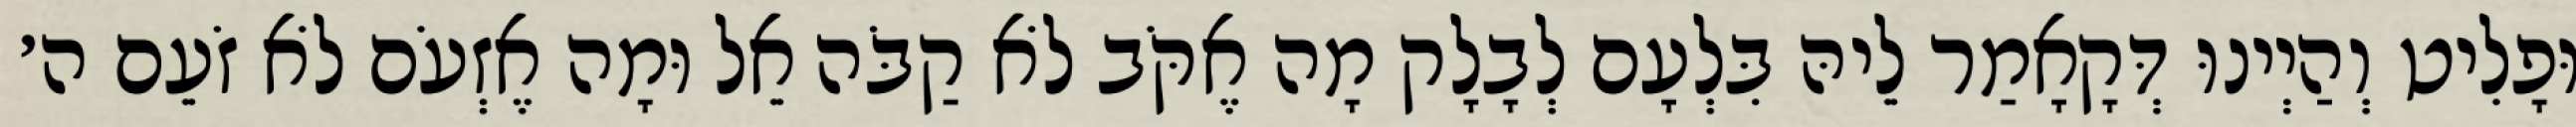
וּפָלִיט וְהַיְינוּ דְּקָאָמַר לֵיהּ בִּלְעָם לְבָלָק מָה אֶקֹּב לֹא קַבֹּה אֵל וּמָה אֶזְעֹם לֹא זֹעֵם ה׳